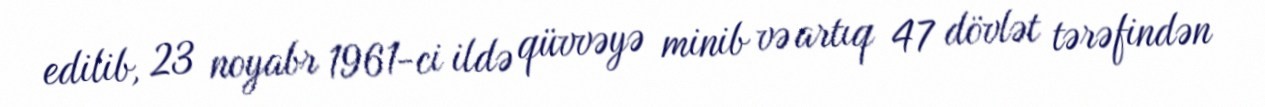
edilib, 23 noyabr 1961-ci ildə qüvvəyə minib və artıq 47 dövlət tərəfindən